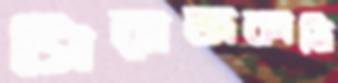
সিরাজকাঠি